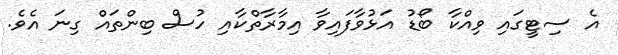
އެ ސިޓީގައި ވިއްކާ ބޯޑު އަޅުވާފައިވާ އިމާރާތްކާއި ހުސް ބިންތައް ގިނަ އެވެ.